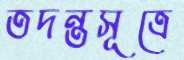
তদন্তসূত্রে